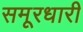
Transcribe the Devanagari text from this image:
समूरधारी